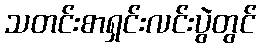
သတင်းစာရှင်းလင်းပွဲတွင်